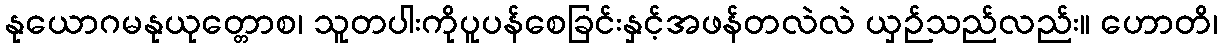
နုယောဂမနုယုတ္တောစ၊ သူတပါးကိုပူပန်စေခြင်းနှင့်အဖန်တလဲလဲ ယှဉ်သည်လည်း။ ဟောတိ၊